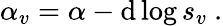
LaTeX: \alpha_{v}=\alpha-\mathrm{d}\log s_{v}\ .